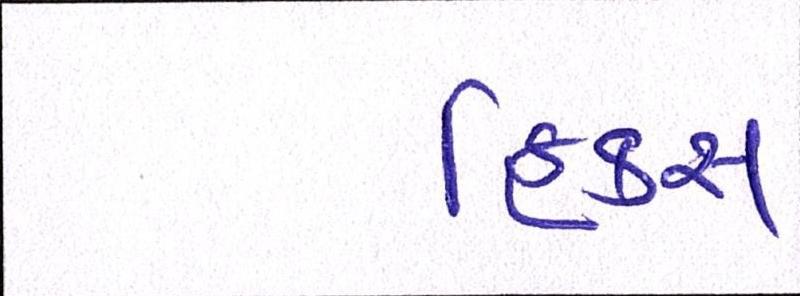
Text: ફિક્સ